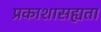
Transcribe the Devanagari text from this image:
प्रकाशासह्यता